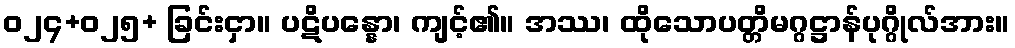
ဝ၂၄+၀၂၅+ ခြင်းငှာ။ ပဋိပန္နော၊ ကျင့်၏။ အဿ၊ ထိုသောပတ္တိမဂ္ဂဋ္ဌာန်ပုဂ္ဂိုလ်အား။